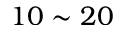
1 0 \sim 2 0